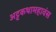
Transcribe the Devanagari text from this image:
अट्टकथामहावंस